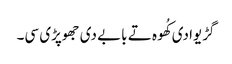
گڑیوادی کُھوہ تے بابے دی جھوپڑی سی۔